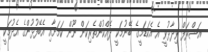
އަޝްރަފް ވިދާޅުވީ އެ އެކަޑަމީގެ ބޭނުމަކީ ދެއްކުންތެރިކަން ނޫން ކަމަށާއި އެބޭފުޅުންގެ އެދުމަކީ